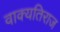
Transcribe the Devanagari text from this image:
वाक्यतिराज